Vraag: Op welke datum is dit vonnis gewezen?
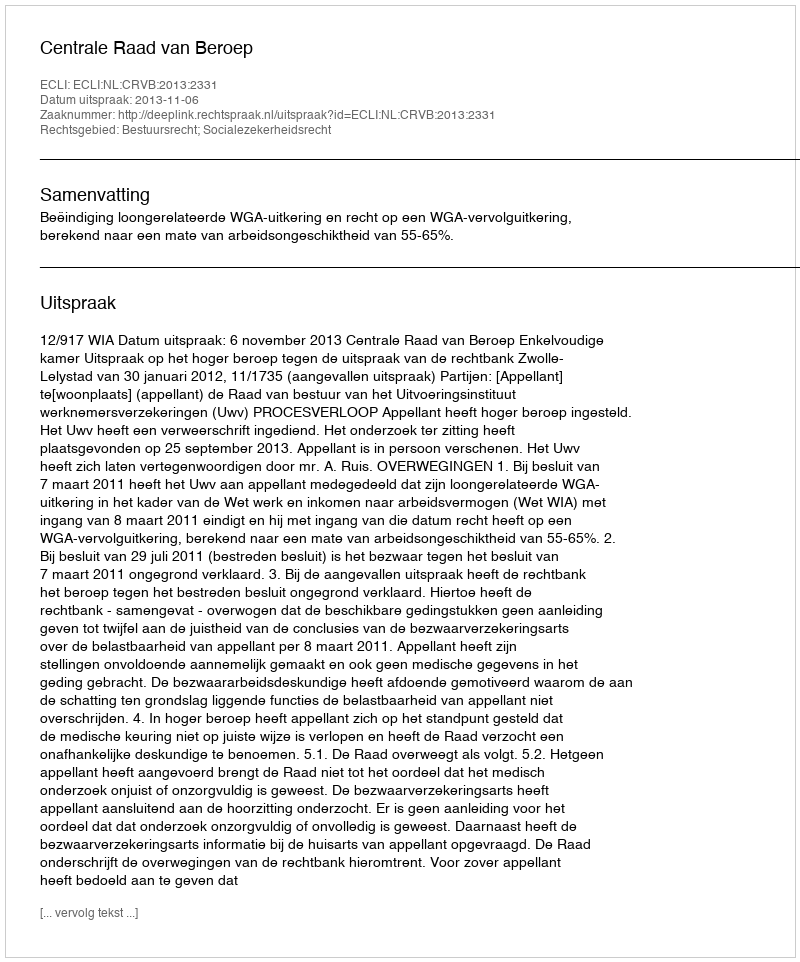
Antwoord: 2013-11-06